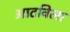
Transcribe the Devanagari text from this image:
आटविला